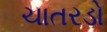
ચાતરડો